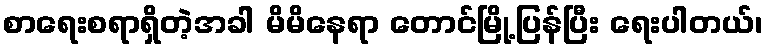
စာရေးစရာရှိတဲ့အခါ မိမိနေရာ တောင်မြို့ပြန်ပြီး ရေးပါတယ်၊